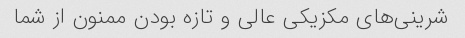
شرینی‌های مکزیکی عالی و تازه بودن ممنون از شما